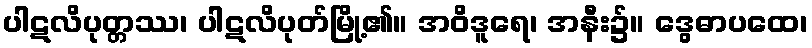
ပါဋလိပုတ္တဿ၊ ပါဋလိပုတ်မြို့၏။ အဝိဒူရေ၊ အနီး၌။ ဒွေဓာပထေ၊